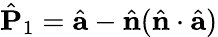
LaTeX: \hat{{\mathbf P}}_{1}=\hat{\mathbf a}-\hat{\mathbf n}(\hat{\mathbf n}\cdot\hat{\mathbf a})